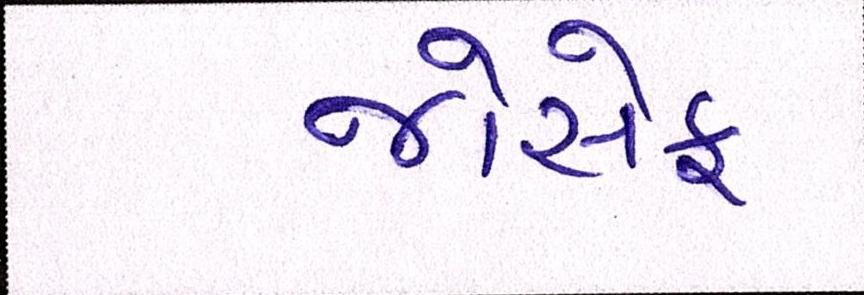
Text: જોસેફ